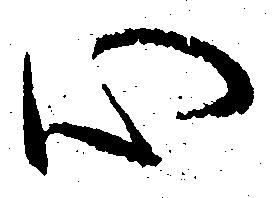
心